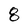
Character: 8